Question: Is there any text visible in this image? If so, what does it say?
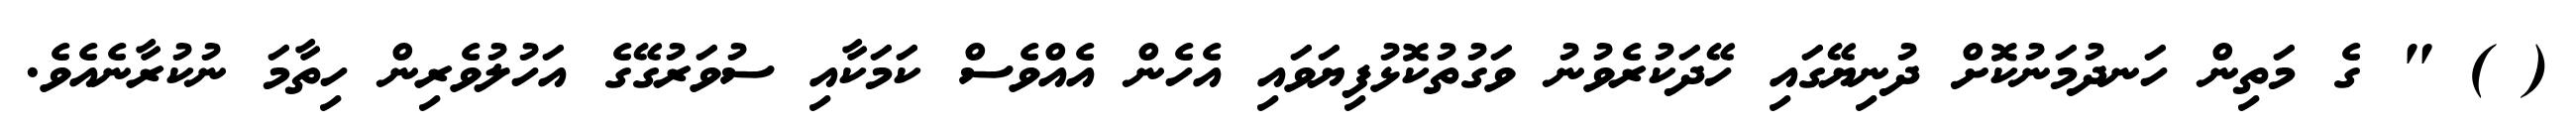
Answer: ( ) " ގެ މަތިން ހަނދުމަނުކޮށް ދުނިޔޭގައި ހޭދަކުރެވުނު ވަގުތުކޮޅުފިޔަވައި އެހެން އެއްވެސް ކަމަކާއި ސުވަރުގޭގެ އަހުލުވެރިން ހިތާމަ ނުކުރާނެއެވެ.